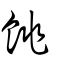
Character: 餆